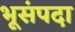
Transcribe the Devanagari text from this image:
भूसंपदा